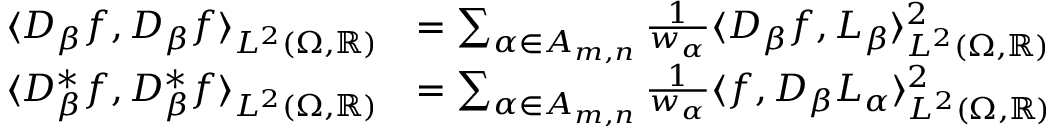
\begin{array} { r l } { \langle D _ { \beta } f , D _ { \beta } f \rangle _ { L ^ { 2 } ( \Omega , \mathbb { R } ) } } & { = \sum _ { \alpha \in A _ { m , n } } \frac { 1 } { w _ { \alpha } } \langle D _ { \beta } f , L _ { \beta } \rangle _ { L ^ { 2 } ( \Omega , \mathbb { R } ) } ^ { 2 } } \\ { \langle D _ { \beta } ^ { * } f , D _ { \beta } ^ { * } f \rangle _ { L ^ { 2 } ( \Omega , \mathbb { R } ) } } & { = \sum _ { \alpha \in A _ { m , n } } \frac { 1 } { w _ { \alpha } } \langle f , D _ { \beta } L _ { \alpha } \rangle _ { L ^ { 2 } ( \Omega , \mathbb { R } ) } ^ { 2 } } \end{array}